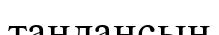
таңдансын